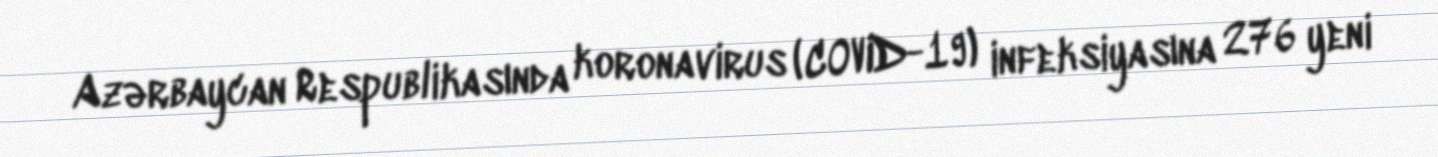
Azərbaycan Respublikasında koronavirus (COVID-19) infeksiyasına 276 yeni